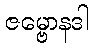
ဇမ္ဗောနဒါ